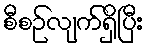
စီစဉ်လျက်ရှိပြီး